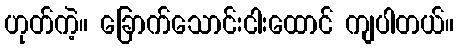
ဟုတ်ကဲ့။ ခြောက်သောင်းငါးထောင် ကျပါတယ်။